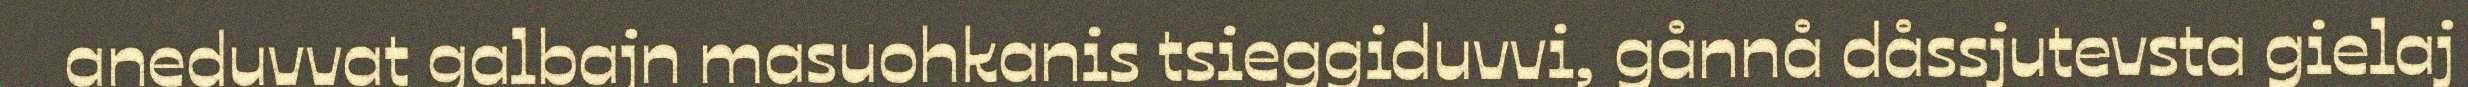
aneduvvat galbajn masuohkanis tsieggiduvvi, gånnå dåssjutevsta gielaj